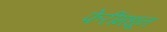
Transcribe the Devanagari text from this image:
फेरींमधून